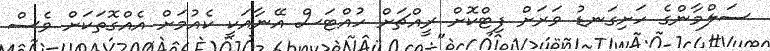
ސަލްމާންގެ ހަށިގަނޑު ވަރަށް ފިޓްކޮށް ރީއްޗަށް ހުއްޓަސް އޭނާއަކީ ކެއުމަށް އެއްގޮތަކަށް ވެސް